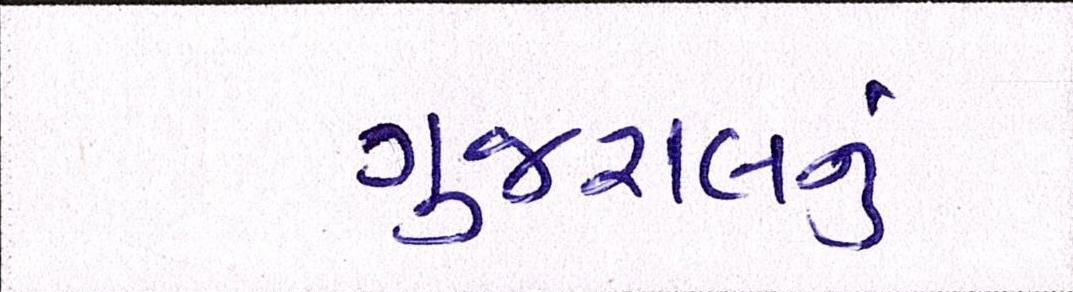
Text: ગુજરાલનું